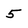
Character: 5